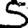
Digit: 5